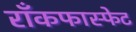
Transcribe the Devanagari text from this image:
राँकफास्फेट